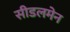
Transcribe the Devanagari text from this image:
सीडलमेन